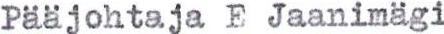
Pääjohtaja E Jaanimägi